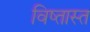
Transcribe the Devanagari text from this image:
विष्तास्त